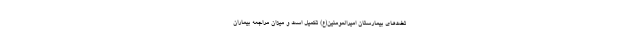
تخت‌های بیمارستان امیرالمومنین(ع) تکمیل است و میزان مراجعه بیماران